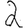
Digit: 2